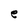
Character: e